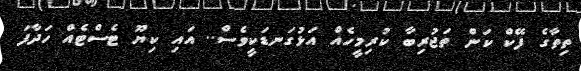
ތިތާގެ ފޭކް ކަން ތަޖުރިބާ ކުރިމީހެއް އަޅުގަނޑަކީވެސް.. އައި ކިޔޫ ޓެސްޓެއް ހަދާފަ